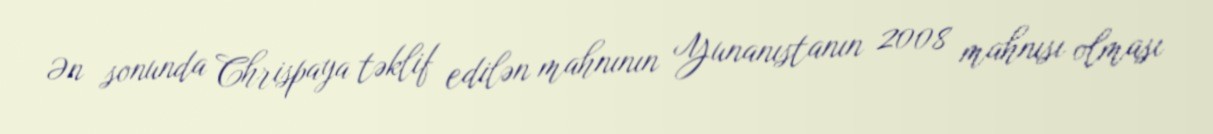
Ən sonunda Chrispaya təklif edilən mahnının Yunanıstanın 2008 mahnısı olması